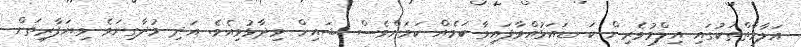
އަލާމާތްތަކުގައި އިލްމުވެރިން ކަނޑައަޅުއްވާފައިވާ ކަމެއް ކަމަށްވެސް ޝައިހް ވިދާޅުވިއެވެ. އަދި މުދާގިނަވެ ވިޔަފާރިތަށް